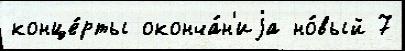
конце́рты оконча́н'иjа но́вый 7